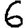
Digit: 6